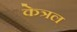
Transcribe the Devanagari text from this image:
केत्रल